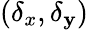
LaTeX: (\delta_{x},\delta_{\mathbf{y}})